Vana-Antsla_vallavalitsus, lk 25
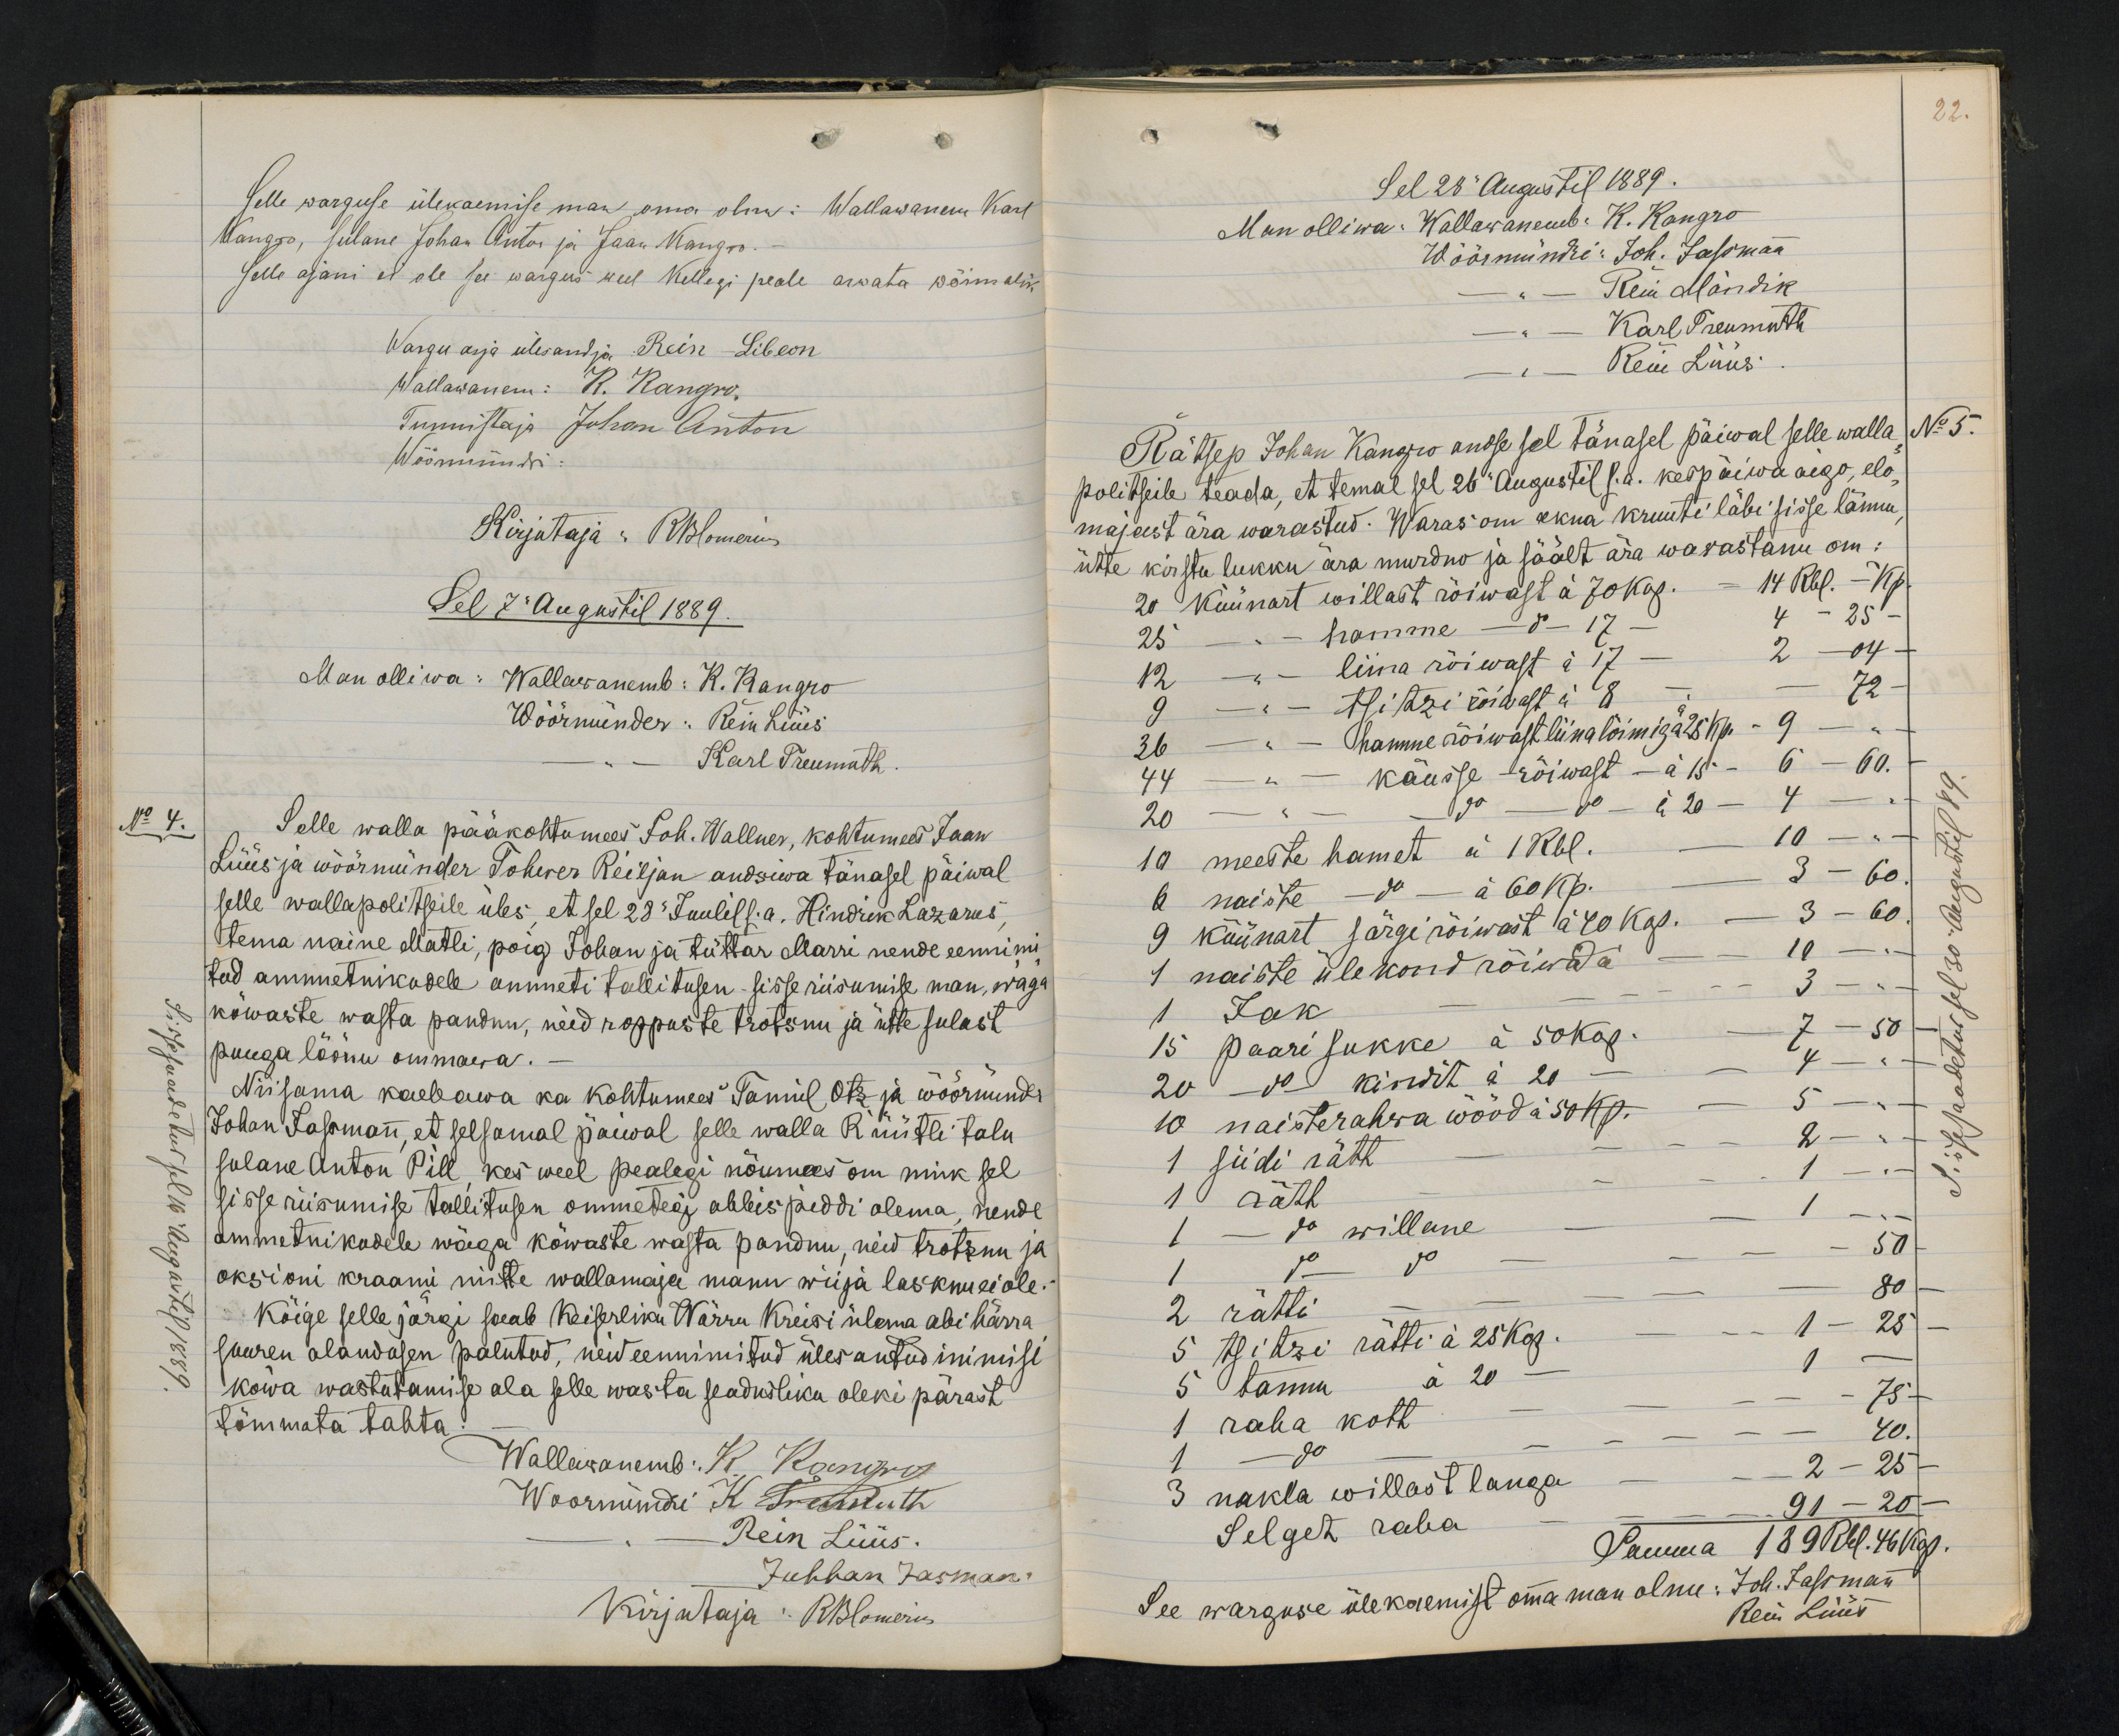
selle warguse ülekaemise mak oma olnu: Wallawanem Karl
Kangro, sulane Johan Anton ja Jaan Kangro.
selle ajani et ole see wargus weel kellegi peale arwata wõimalik
Wargu asja ülesandja ReinLibeon
Wallawanem: R. Kangro.
Tunnistaja Johon Anton
Wõõrmundi:
Kirjutaja: RBlomerius
Sel 7: Augustil 1889.
Man olliwa: Wallawanemb: K. Kangro
Wöörmünder: Rein Lüüs
Karl Treumuth
No 4.
Selle walla pääkohtomees Joh. Wallner, kohtumees Jaan
Lüüs ja wöörmünder Tohwer Reiljan andsiwa tänasel päiwal
selle wallapolitseile üles, et sel 23 Juulis s.a. Hindrik Lazarus,
tema naine Matli, poig Johan ja tüttar Marri nende eennimi-
tud ammetnikudele ammeti tallitusen sisse riisumise man, wäga
kõwaste wasta pandnu, neid roppuste trotsnu ja ütte sulast
puuga lõõnu ommawa.
Niisama kaebawa ka kohtumees. Tanil Ots ja wõõrmünder
Johan Jassman, et selsamal päiwal selle walla Rüütli talu
sulane Anton Pill, kes weel pealegi nõumees om nink sel
sisse riisumise tallitusen ommetegi abbis piddi olema, nende
ammetnikadele wäga kõwaste wasta pandnu, neid trotznu ja
oksioni kraami mitte wallamaja manu wiija lasknu ei ole.
Kõige selle järgi saab Keiserliku Wõrru Kreisi ülema abi härra
suuren alandusen palutud, neid eennimitud üles antud inimisi
kõwa wastutamise ala selle wasta seadusliku oleki pärast
tõmmata tahta
Wallawanemb: K. Kangro
Woormundi K Treimuth
Rein Lüüs.
Juhhan Jasman.
Kirjutaja: RBlomerius

22.
Sel 28 Augustil 1889.
Man olliwa: Wallawanemb: K. Kangro
Wõõrmündri: Joh. Jassman
- - Rein Mändik
- - Karl Treumuth
- Rein Lüüs:
Rätsep Johan Kangro andse sel tänasel päiwal selle walla
No 5
politseile teada, et temal sel 26" Augustil s.a. kespäiwa aego, elo-
majast ära warastud. Waras om akna kruuti läbi sisse lännu,
ühte kirstu lukku ära murdno ja säält ära warastanu om:
20 küünart willast rõiwast a 70 kop. - 14 Rbl. - Kp.
25 - hamme - 8-17 - 4 - 25-
12 - liina rõiwast a17 - 2 - 04 -
9 - tsitzi rõiwast a 8 - - 72 -
36 - - - Hamme rõiwast liina lõimiga a  25 Kp - 9 - - "
44 - " käusse rõiwast - a 15 - 6 - 60.
20 - - - do - do-a 20- 4 -
10 meeste hamet a 1 Rbl. 10 - -
6 naiste - do - a 60 Kp. - 3 - 60
9 küünart särgi rõiwast a 40 kop. - 3 - 60
1 naiste ülekond rõiwad a - 10 -
1 Jak - - 3 - --
15 paari sukke á 50 kop. - 7 - 50
20 - do kindit á 20 - - 4 - "
10 naisterahwa wööd a 50 kop. - 5 -
1 siidi rätt - - - 2 - --
1 rätt  - - - 1 - "
1 - do willane - - 1 -
1 do-do - -  - 50
2 rätti - - -- - 80
5. tsitzri rätti á 25 kop. - - 1 - 25
5 tanu. a  20 - 1 -
1- raha koht - - - 75-
1 - do - - -  40.
3 nakla willast langa - - 2 - 25
Selget raha - - - 91 - 20
Summa 189 Rbl. 46 Kop.
See warguse ülekaemist oma man olnu: Joh. Jassman
Rein Lüüs